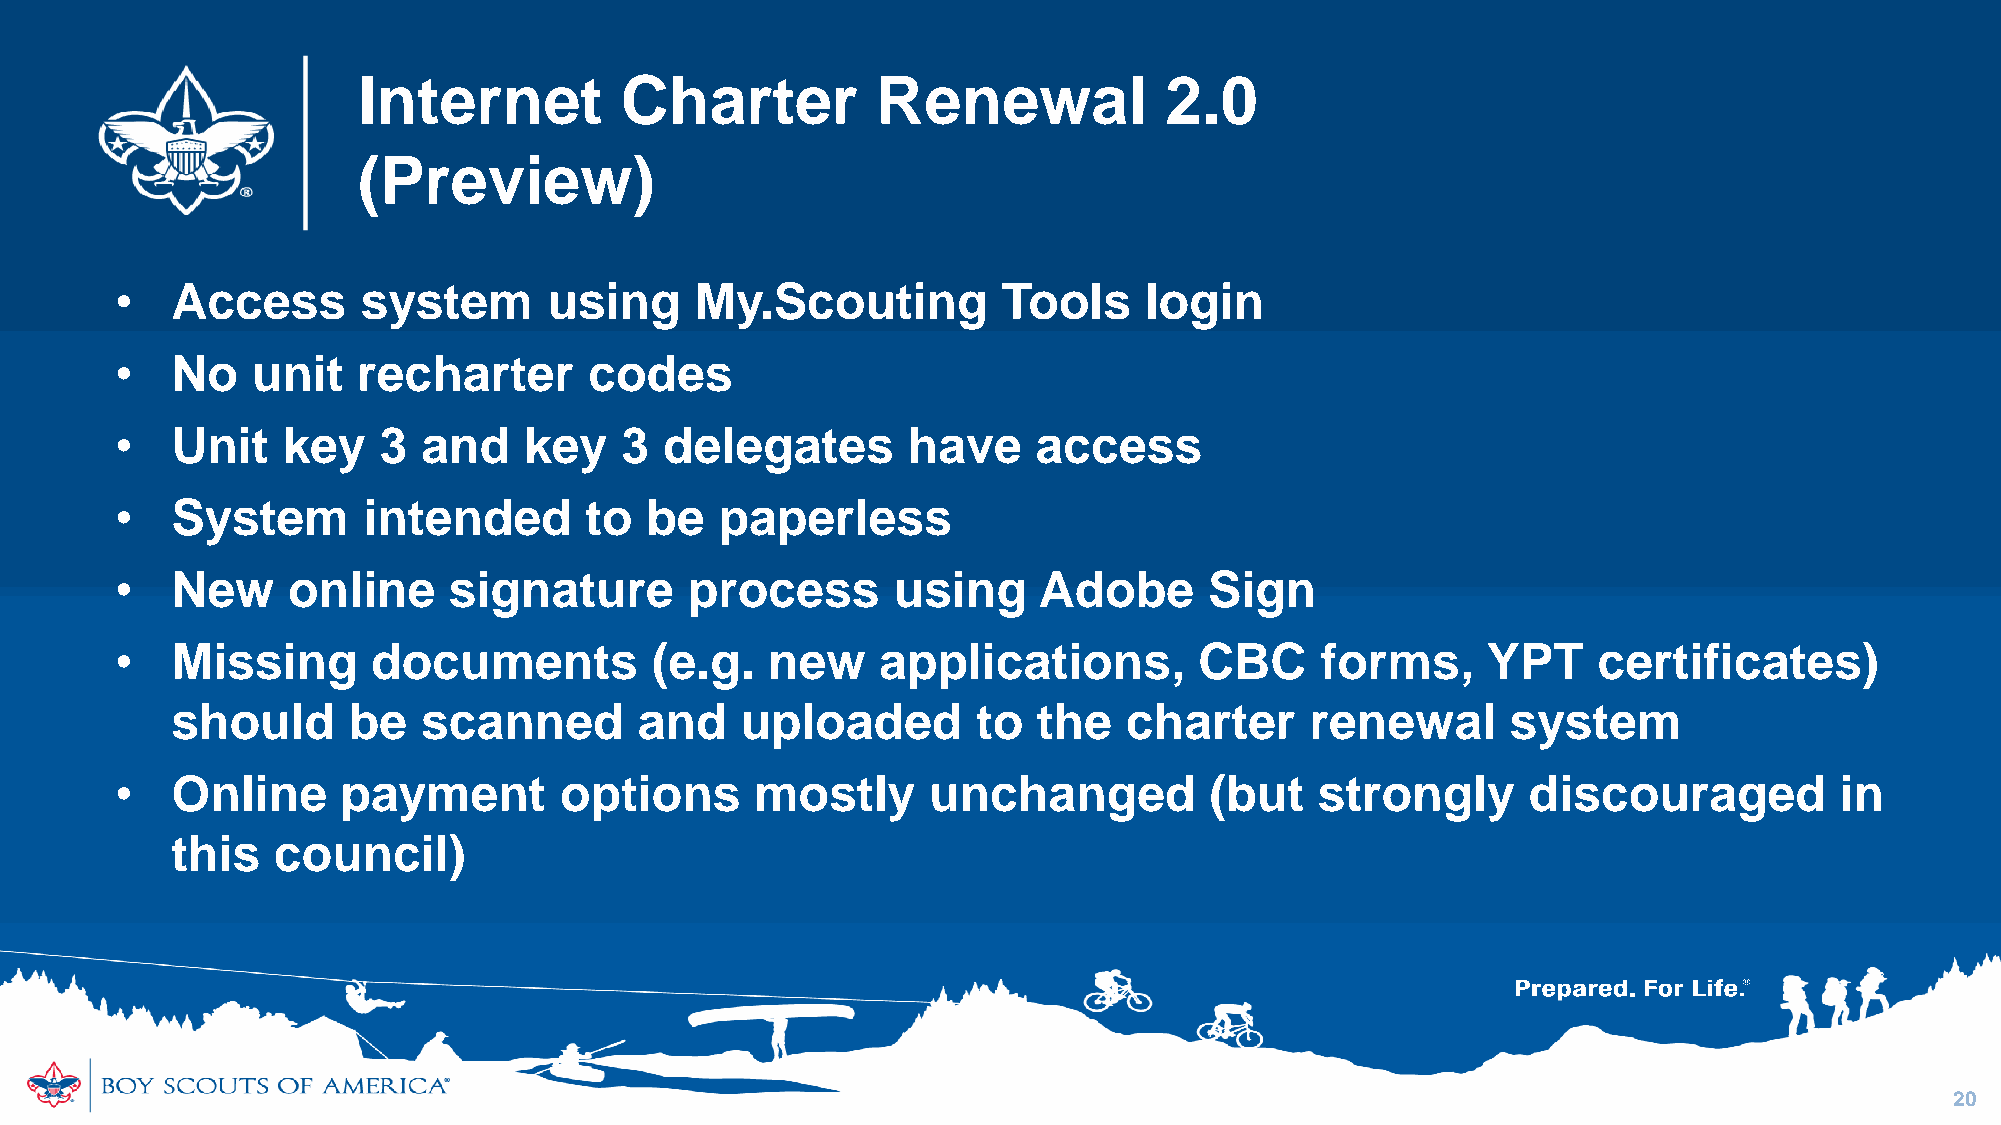
Internet         Charter          Renewal            2.0
 (Preview)
 •  Access       system      using     My.Scouting         Tools     login
 •  No    unit   recharter      codes
 •  Unit    key   3  and    key   3  delegates       have     access
 •  System       intended       to  be   paperless
 •  New     online     signature       process      using     Adobe      Sign
 •  Missing       documents         (e.g.   new    applications,        CBC     forms,     YPT     certificates)
 should      be   scanned       and    uploaded        to  the   charter     renewal      system
 •  Online      payment       options      mostly     unchanged          (but   strongly      discouraged          in
 this   council)
 20